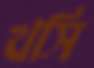
খসি